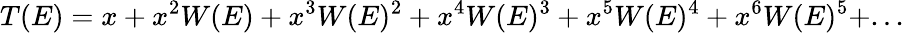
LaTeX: T(E)=x+x^{2}W(E)+x^{3}W(E)^{2}+x^{4}W(E)^{3}+x^{5}W(E)^{4}+x^{6}W(E)^{5}+...